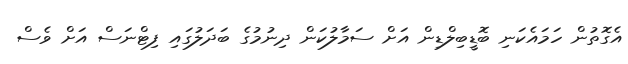
އެގޮތުން ހަމައެކަނި ބޮޑީބިލްޑިން އަށް ސަމާލުކަން ދިނުމުގެ ބަދަލުގައި ފިޓްނަސް އަށް ވެސް